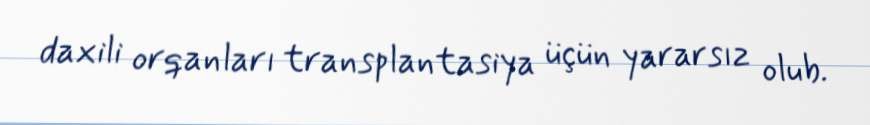
daxili orqanları transplantasiya üçün yararsız olub.